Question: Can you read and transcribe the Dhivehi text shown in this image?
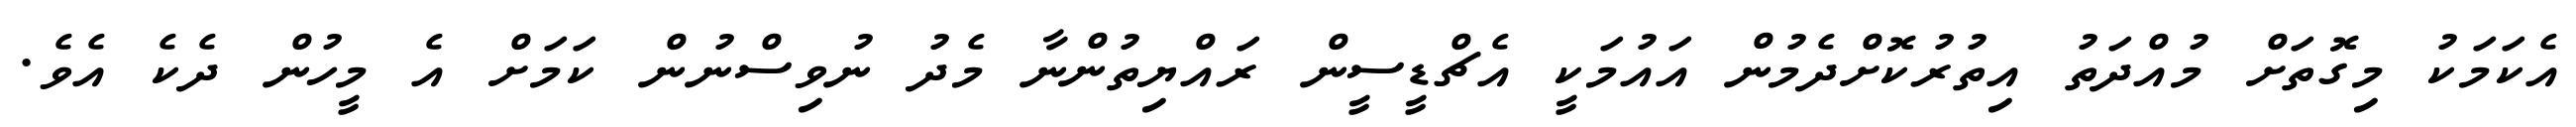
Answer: އެކަމަކު މިގޮތަށް މުއްދަތު އިތުރުކޮށްދެމުން އައުމަކީ އެޗްޑީސީން ރައްޔިތުންނާ މެދު ނުވިސްނުން ކަމަށް އެ މީހުން ދެކެ އެވެ.